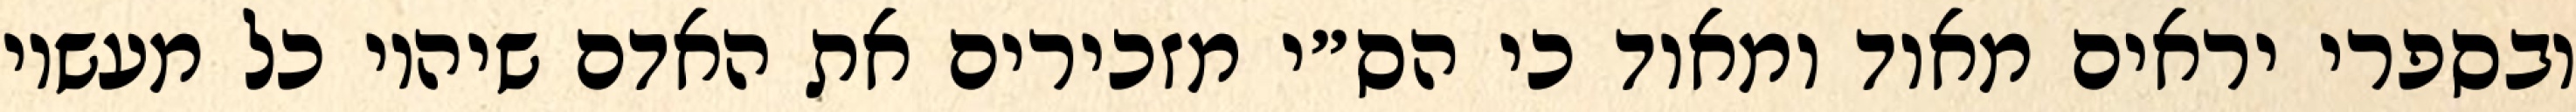
ובספרי יראים מאוד ומאוד כי הס״י מזכירים את האדם שיהיו כל מעשיו